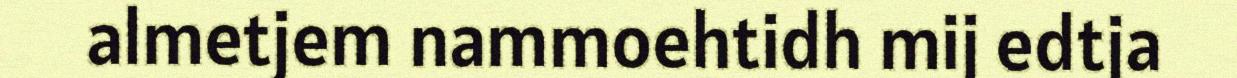
almetjem nammoehtidh mij edtja